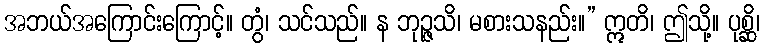
အဘယ်အကြောင်းကြောင့်။ တွံ၊ သင်သည်။ န ဘုဉ္ဇသိ၊ မစားသနည်း။” ဣတိ၊ ဤသို့။ ပုစ္ဆိ၊